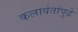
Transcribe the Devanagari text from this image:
कलावंतांपुढे